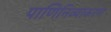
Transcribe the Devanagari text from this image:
पाणिनिव्याकरण